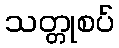
သတ္တုစပ်